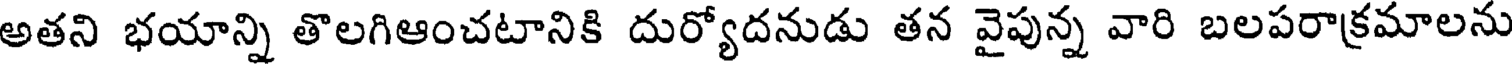
అతని భయాన్ని తొలగిఆంచటానికి దుర్యోదనుడు తన వైపున్న వారి బలపరాక్రమాలను